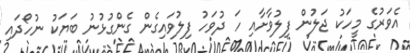
އެވަރުގެ މީހަކު ޖަލުން ފިލުވާށާއި ހަ ދުވަހު ފިލުވައިގެން ގެންގުޅުނު ބަޔަކު ނުހޯދައި